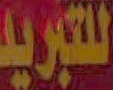
للتبريد